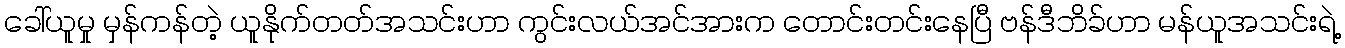
ခေါ်ယူမှု မှန်ကန်တဲ့ ယူနိုက်တတ်အသင်းဟာ ကွင်းလယ်အင်အားက တောင်းတင်းနေပြီ ဗန်ဒီဘိခ်ဟာ မန်ယူအသင်းရဲ့